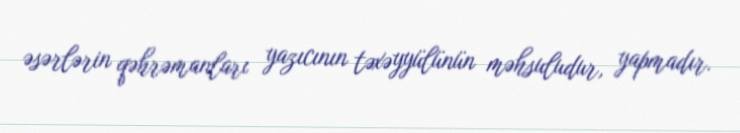
əsərlərin qəhrəmanları yazıcının təxəyyülünün məhsuludur, yapmadır.